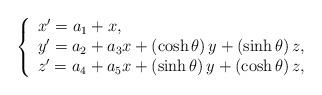
LaTeX: \begin{align*}\left\{ \begin{array}{l}x^{\prime }=a_{1}+x, \\ y^{\prime }=a_{2}+a_{3}x+\left( \cosh \theta \right) y+\left( \sinh \theta\right) z, \\ z^{\prime }=a_{4}+a_{5}x+\left( \sinh \theta \right) y+\left( \cosh \theta\right) z,\end{array}\right. \end{align*}